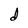
Character: d